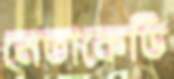
নেতাকেডি